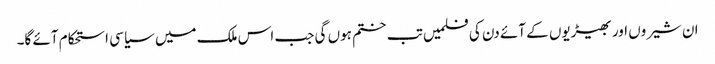
ان شیروں اور بھیڑیوں کے آئے دن کی فلمیں تب ختم ہوں گی جب اس ملک میں سیاسی استحکام آئے گا۔